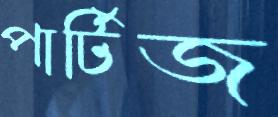
পার্টিজ